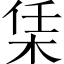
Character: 栠